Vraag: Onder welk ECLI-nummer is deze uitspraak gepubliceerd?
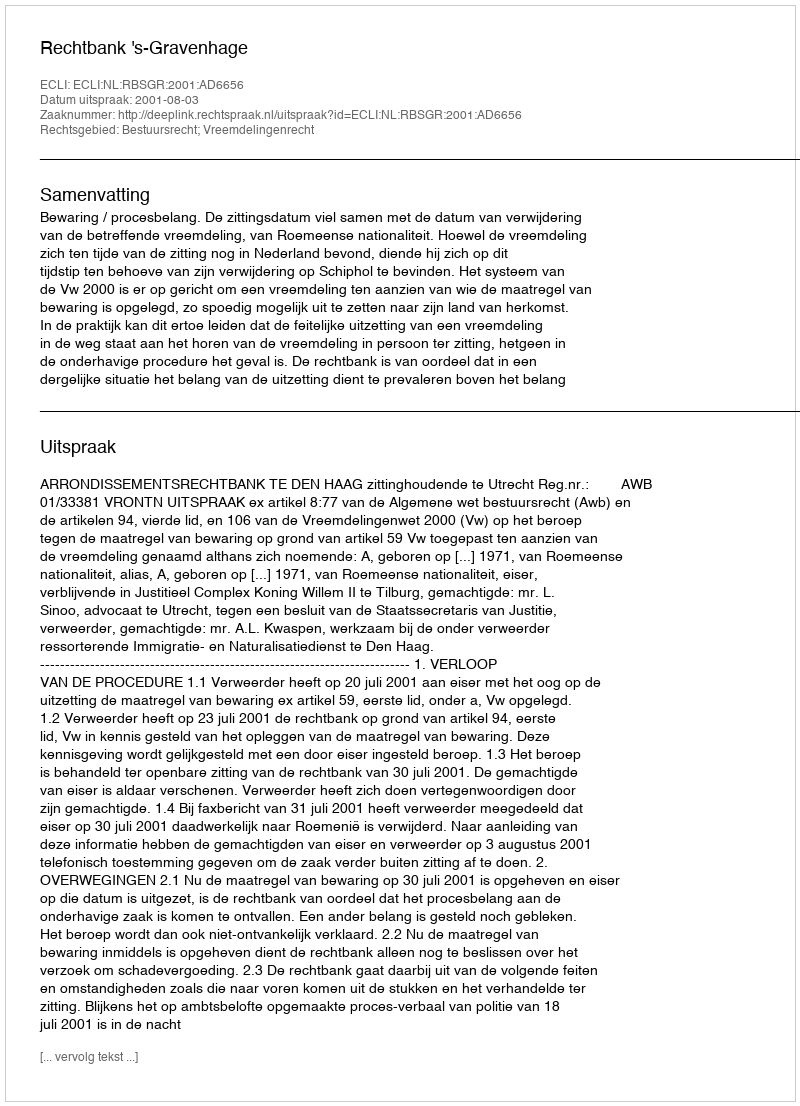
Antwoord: ECLI:NL:RBSGR:2001:AD6656